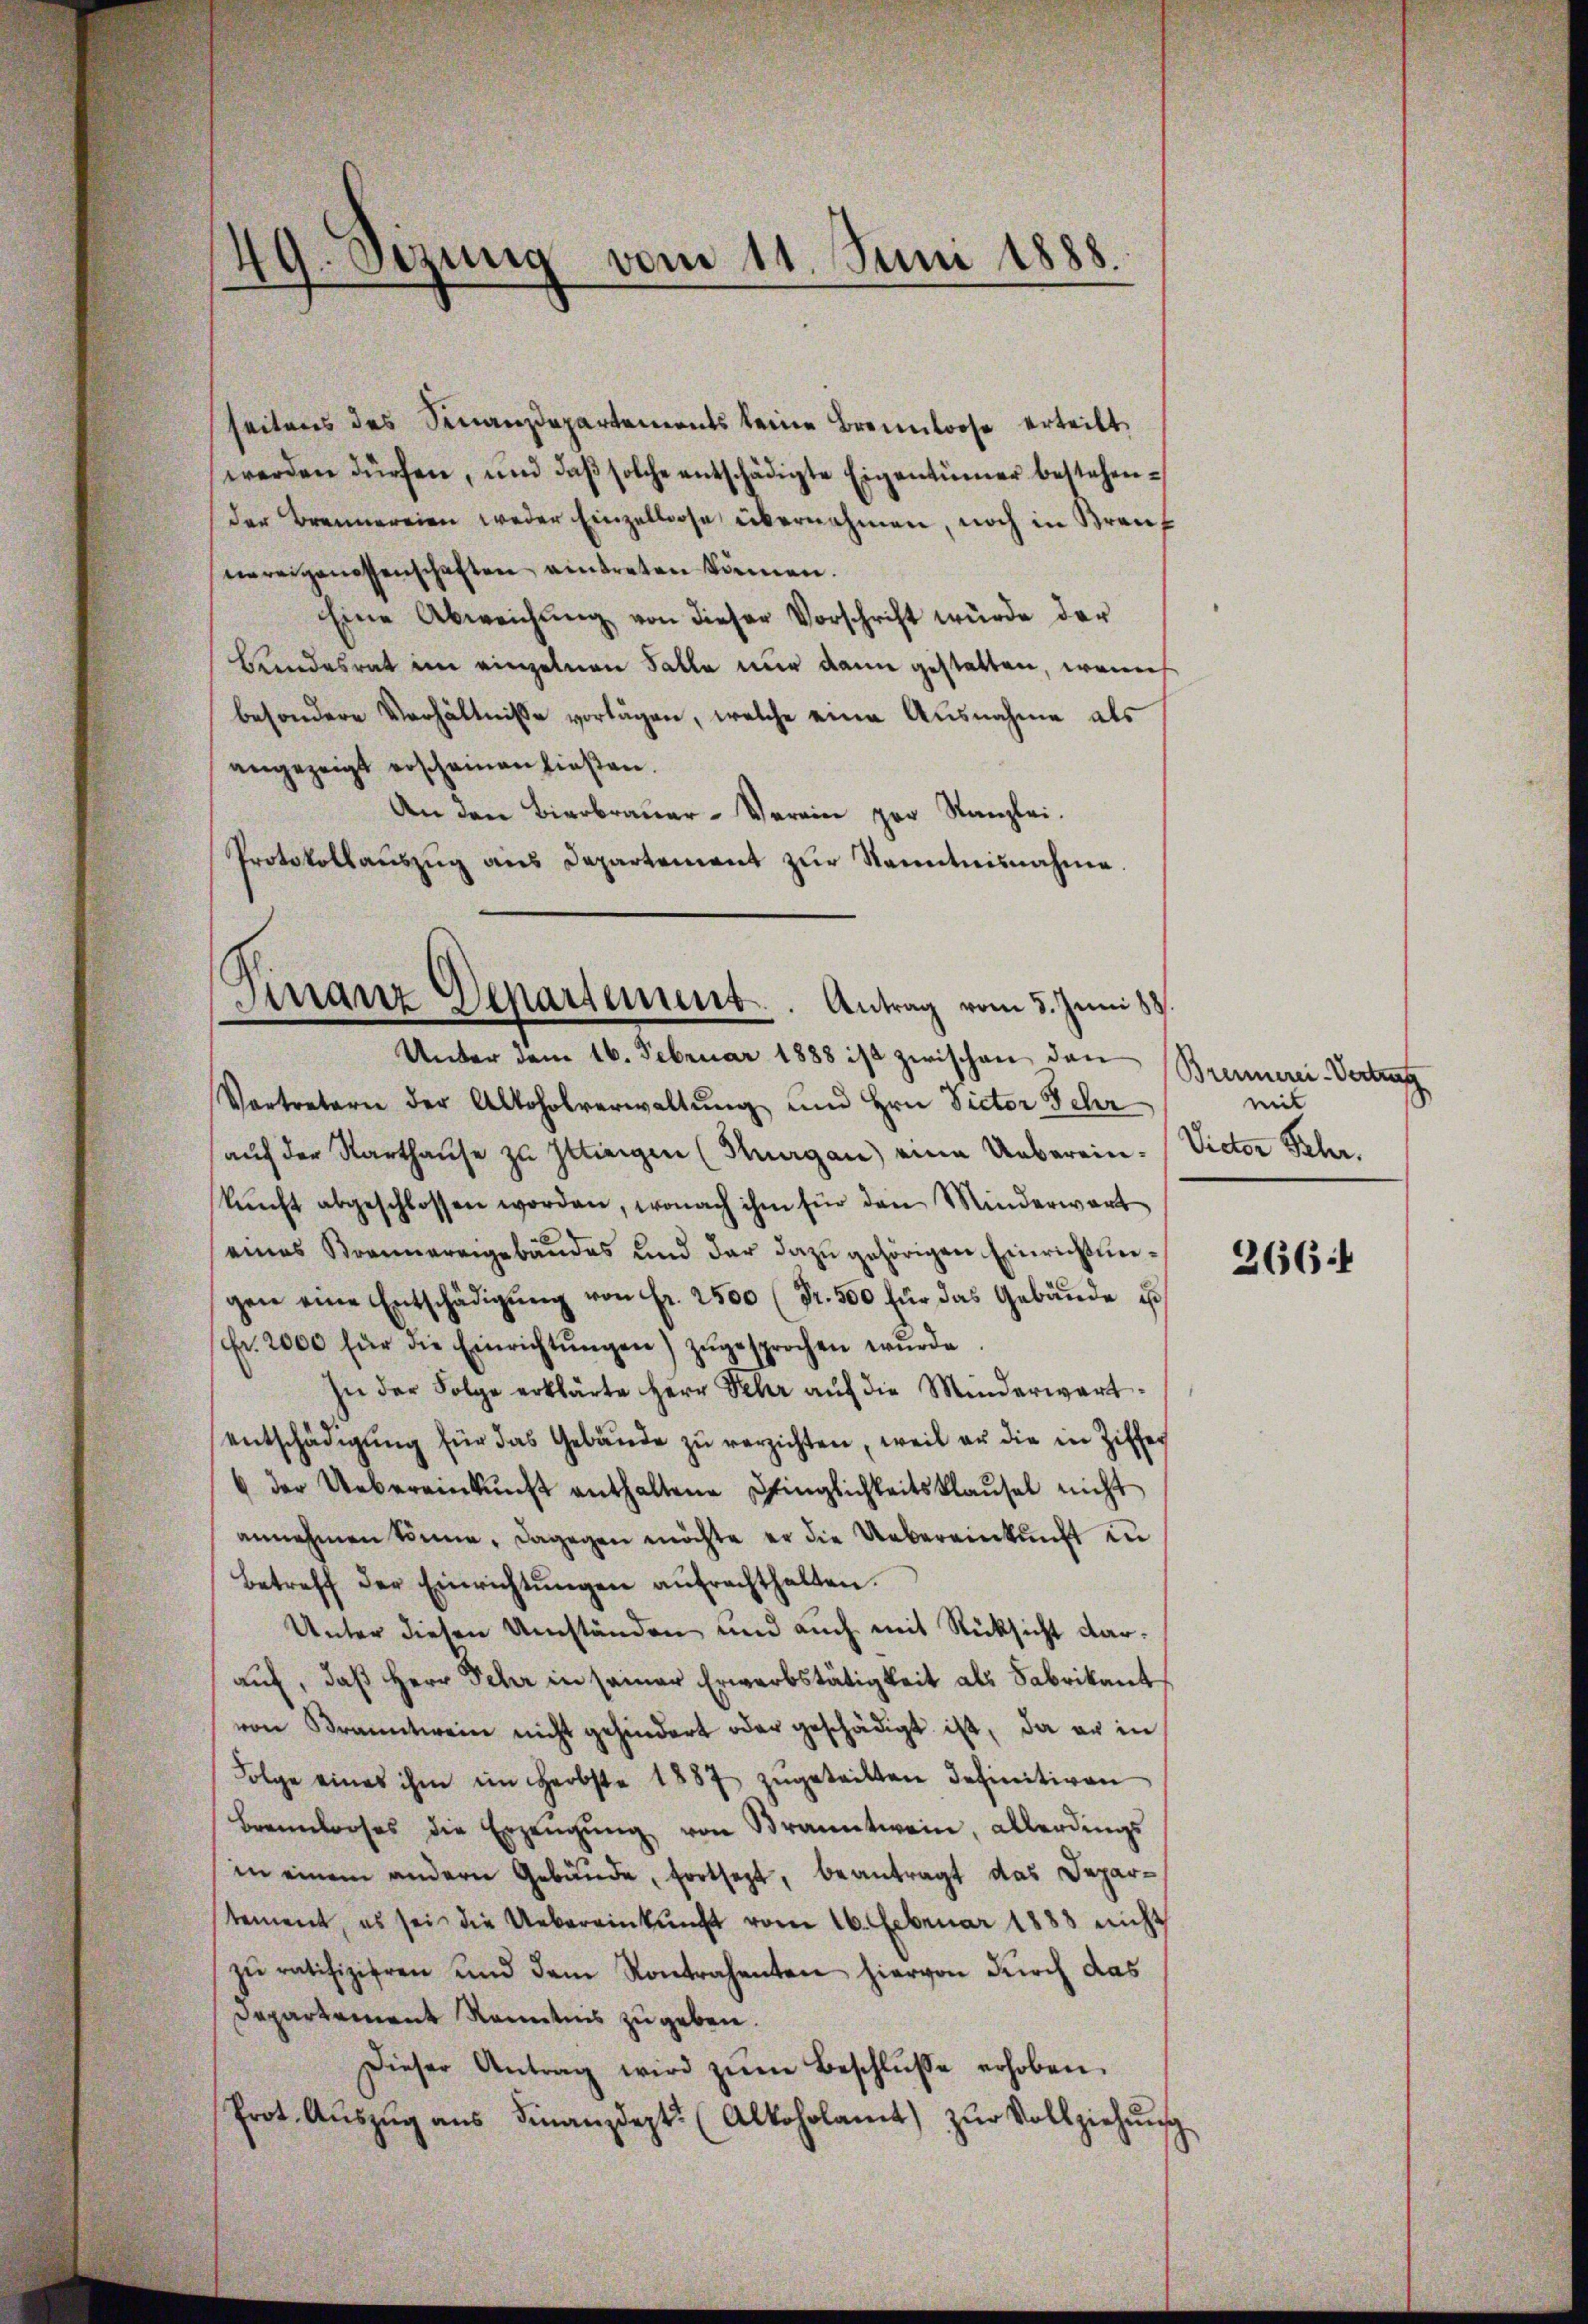
49. Dezung vom 11. Juni 1888.

seitens des Finanzdepartements keine Brennloose erteilt.
werden dürfen, und daβ solche entschädigte Eigentümer bestehender Brennereien weder Einzellose übernahmen, noch in Krauf
nereigenessenschaften eintreten können.
Eine Abweichung von dieser Vorschrift würde der
Bundesrat im einzelnen Falle nur dann gestatten, wenn
besondere Verhältnisse vorlagen, welche eine Ausnahme als
angezeigt erscheinen ließen.
An den Bierbrauer-Verein par Kanzlei.
Protokollaŭszŭg aŭs Departement zŭr Kenntnisnahme.
Vertretern der Altoholverwaltung und Hrn. Victor Schr
aŭf der Karthaŭse zu Illiegen (Kuagan) eine Ueberein-
kŭnft abgeschlossen worden, wonach ihm für den Minderwart
eines Brennereigebäudes und der dazu gehörigen Einrichtungen eine Entschädigung von Fr. 2500 (Fr. 500 für das Gebäude ist
fr. 2000 für die Einrichtŭngen) zŭgesprochen wŭrde
In der Folge erklärte Herr Sehr aŭf die Minderwart
entschädigŭng für das Gebäude zŭ verzichten, weil er die in Ziffer
 der Uebereinkunft enthaltene Pfinglichkeitsklausel nicht
annehmen könne, dagegen möchte er die Uebereinkunft in
betreff der Einrichtŭngen aŭfrachthalten.
Unter diesen Umständen und auch mit Rücksicht darauf, daß Herr Sehr in seiner Erwerbstätigkeit als Fabrikant
von Branntwein nicht gehindert oder geschädigt ist, da er in
Folge eines ihm im Herbste 1887 zŭgeteilten definitiven
brannloses die Erzeugung von Branntwein, allerdings
in einem andern Gebäŭde, fortsezt, beantragt das Departement, es sei die Uebereinkunft vom 16. Februar 1888 nicht
zŭ ratifizieren und dem Kontrahenten hiervon durch das
Departement Kenntnis zugeben.
Dieser Antrag wird zŭm Beschlŭsse erhoben.
Prot. Aŭszŭg ans Finanzdept. (Alkoholamt zŭr Vollziehŭng

Finanz Departement. Antrag vom 5. Juni 88.
Unter dem 16. Februar 1888 ist zwischen den

Brennerei-Vertrag
mit
Victor Sehr.

266: